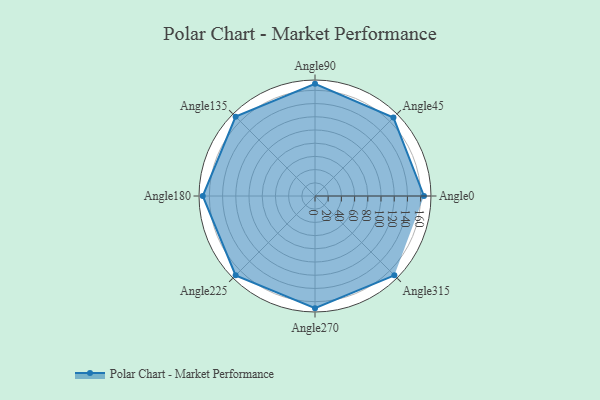
{"axis": {"x": "Angle", "y": "Radius"}, "legend": [""], "data": [{"x": "Angle0", "y": 165.0, "type": ""}, {"x": "Angle45", "y": 168.0, "type": ""}, {"x": "Angle90", "y": 170, "type": ""}, {"x": "Angle135", "y": 170, "type": ""}, {"x": "Angle180", "y": 170, "type": ""}, {"x": "Angle225", "y": 170, "type": ""}, {"x": "Angle270", "y": 170, "type": ""}, {"x": "Angle315", "y": 170, "type": ""}]}